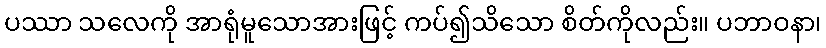
ပဿာ သလေကို အာရုံမူသောအားဖြင့် ကပ်၍သိသော စိတ်ကိုလည်း။ ပဘာဝနာ၊